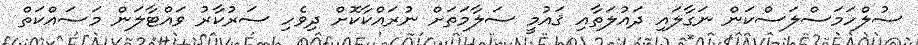
ސުލްހަމަސްލަސްކަން ނަގާލައި ދައުލަތާއި ޤައުމީ ސަލާމަތަށް ނުރައްކާކޮށް ދިވެހި ސަރުކާރު ވައްޓާލަން މަސައްކަތް